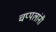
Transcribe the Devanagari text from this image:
चप्पलांनी